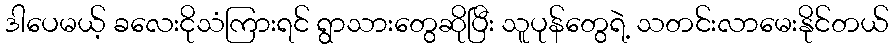
ဒါပေမယ့် ခလေးငိုသံကြားရင် ရွာသားတွေဆိုပြီး သူပုန်တွေရဲ့ သတင်းလာမေးနိုင်တယ်